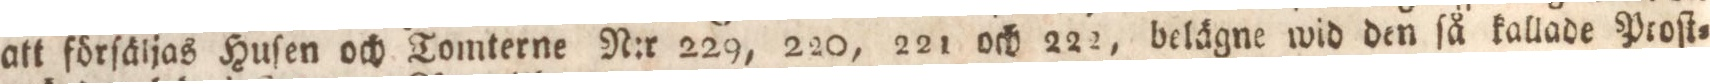
att förſäljas Huſen och Tomterne N:r 229, 220, 221 och 222, belägne wid den ſå kallade Proſt=